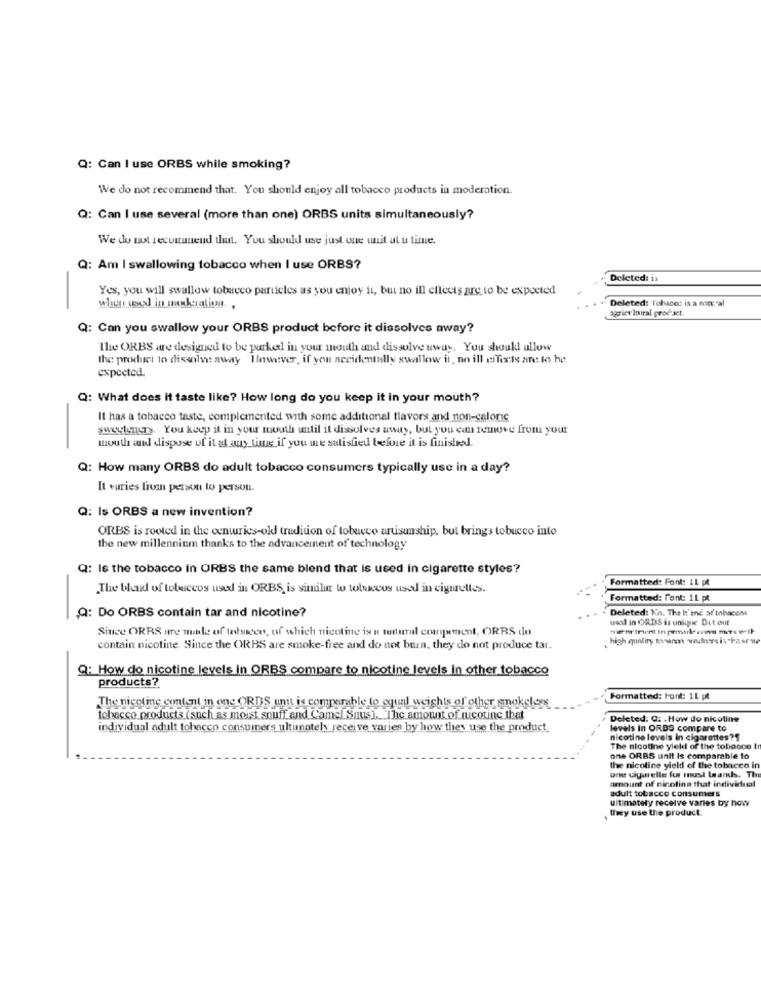
Q: Can I use ORBS while smoking?
We do not recommend that. You should enjoy all tobacco products in moderation.
Q: Can I use several (more than one) ORBS units simultaneously?
We do not recommend that. You should use just one unit at u time.
Q: Am I swallowing tobacco when I use ORBS?
Deleted: is
Yes, you will swallow tobacco particles as you enjoy it, but no ill effects are to be expected
Deleted: Tohace: is a natr al
agrict Iniral prof act.
Q: Can you swallow your ORBS product before it dissolves away?
The ORBS are designed to be purked in your mouth and dissolve uwuy. You should allow
the product to dissolve away However, if you accidentally swallow it, no ill efforts an: lo he
expected.
Q: What does it taste like? How long do you keep it in your mouth?
It has a tobacco taste, complemented with some additional flavors and non-calorie
sweeteners. You keep it in your mouth until it dissolves away, but you can remove from your
mouth and dispose of it at any tinus if you me satisfied before it is finished.
Q: How many ORBS do adult tobacco consumers typically use in a day?
It vuries from person to person.
Q: Is ORBS a new invention?
ORBS is rooted in the centuries-old trudition of tobacco artisunship, but brings tobucco into
the new millennium thanks to the advancement of technology
Q: Is the tobacco in ORBS the same blend that is used in cigarette styles?
Formatted: Font: 1L pt
The blend of tobaccos used in ORBS, is similar w tobaccos usa in cigarettes.
Formatted: Font: 11 pt
Deleted: Ko. The I:'and ar tnhacena
Q: Do ORBS contain tar and nicotine?
usal in ORDS is unique But our
Since ORBS are made of testssen, of which nicotine is a matural coargument, ORBS do
high quality monanm wodneers is"Pass ne
contain nicotine. Since the ORBS are smoke-free and do not burn, they do not produce tar.
Q: How do nicotine levels in ORBS compare to nicotine levels in other tobacco
products?
Formatted: Font: 11 pt
The nicotine content in one ORDS unit is comparable to oqual weights of other snokelex
tobacco products (such as moist snuff and Camel Snus). The amount of nicotine that
Deleted: Cz . How do nicotine
individual adult tobacco consumers ultimately receive varies by how they use the product
levels In ORBS compare to
nicotine levels in cigarettes ??
The nicotine yield of the tobacco It
one ORBS unit Is comparable to
the nicoline yield of the tobacco in
one cigarette fur must lands, Th
amount of nicotina that individual
adult tobacco consumers
ultimately receive varies by how
Uwey use the product.